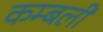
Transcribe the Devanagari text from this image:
कम्बली